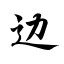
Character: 边